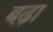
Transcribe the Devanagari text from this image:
बढ़़ा